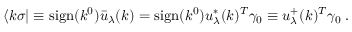
\langle k \sigma | \equiv \mathrm { s i g n } ( k ^ { 0 } ) \bar { u } _ { \lambda } ( k ) = \mathrm { s i g n } ( k ^ { 0 } ) u _ { \lambda } ^ { * } ( k ) ^ { T } \gamma _ { 0 } \equiv u _ { \lambda } ^ { + } ( k ) ^ { T } \gamma _ { 0 } \; .